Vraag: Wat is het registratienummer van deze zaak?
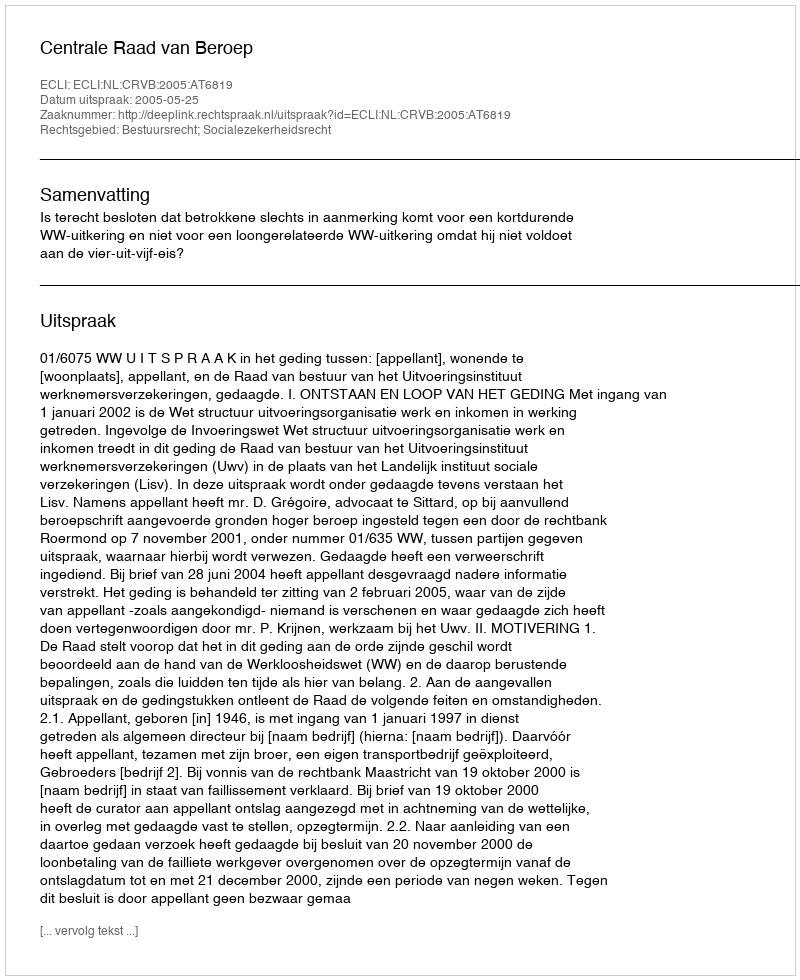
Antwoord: http://deeplink.rechtspraak.nl/uitspraak?id=ECLI:NL:CRVB:2005:AT6819